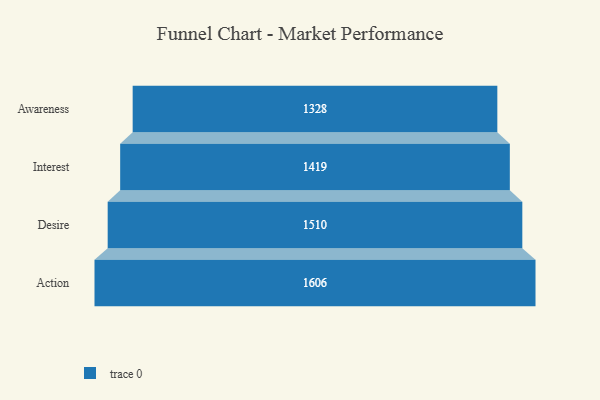
{"axis": {"x": "Stage", "y": "Value"}, "legend": [""], "data": [{"x": "Awareness", "y": 1328.0, "type": ""}, {"x": "Interest", "y": 1419.0, "type": ""}, {"x": "Desire", "y": 1510.0, "type": ""}, {"x": "Action", "y": 1606.0, "type": ""}]}